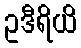
ဥဒီရိယိ